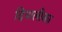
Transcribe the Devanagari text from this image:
दिपालीका